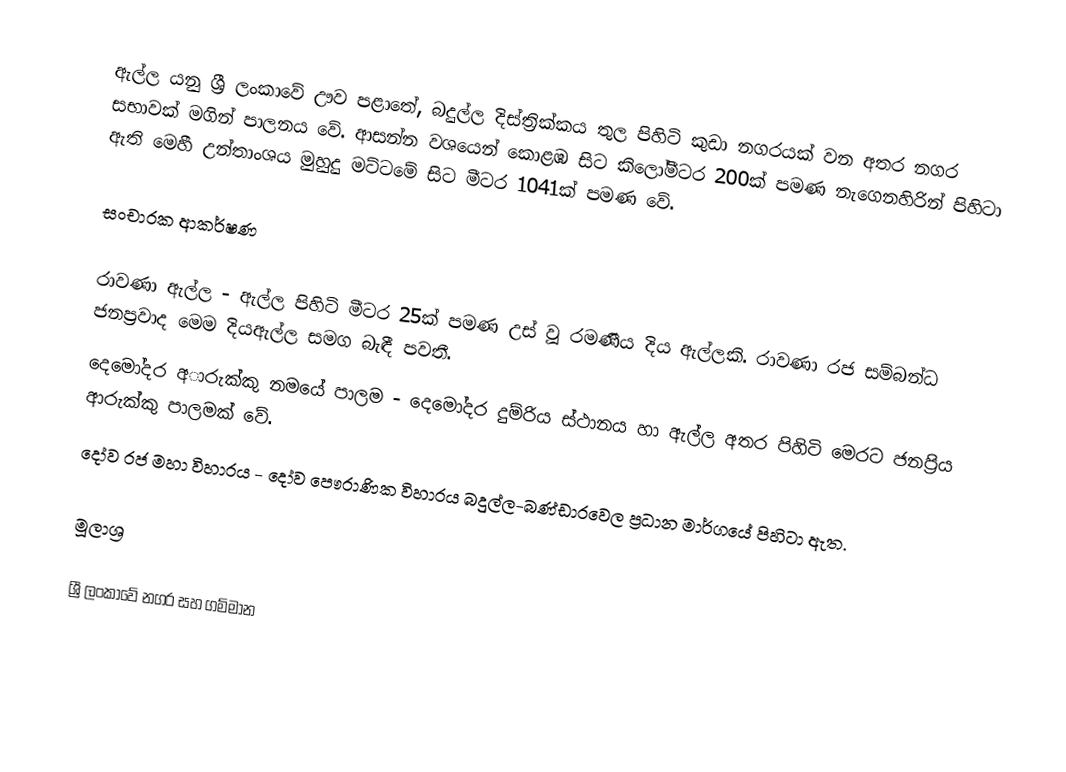
ඇල්ල යනු ශ්‍රී ලංකාවේ ඌව පළාතේ, බදුල්ල දිස්ත්‍රික්කය තුල පිහිටි කුඩා නගරයක් වන අතර නගර සභාවක් මගින් පාලනය වේ. ආසන්න වශයෙන් කොළඹ සිට කිලෝමීටර 200ක් පමණ නැගෙනහිරින් පිහිටා ඇති මෙහී උන්තාංශය මුහුදු මට්ටමේ සිට මීටර 1041ක් පමණ වේ.

සංචාරක ආකර්ෂණ

රාවණා ඇල්ල - ඇල්ල පිහිටි මීටර 25ක් පමණ උස් වූ රමණීය දිය ඇල්ලකි. රාවණා රජ සම්බන්ධ ජනප්‍රවාද මෙම දියඇල්ල සමග බැඳී පවතී.
දෙමෝදර අාරුක්කු නමයේ පාලම -  දෙමෝදර දුම්රිය ස්ථානය හා ඇල්ල අතර පිහිටි මෙරට ජනප්‍රිය ආරුක්කු පාලමක් වේ.
දෝව රජ මහා විහාරය - දෝව පෞරාණික විහාරය බදුල්ල-බණ්ඩාරවෙල ප්‍රධාන මාර්ගයේ පිහිටා ඇත.

මූලාශ්‍ර

ශ්‍රී ලංකාවේ නගර සහ ගම්මාන